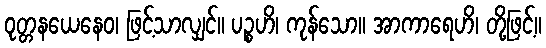
ဝုတ္တနယေနေဝ၊ ဖြင့်သာလျှင်။ ပဉ္စဟိ၊ ကုန်သော။ အာကာရေဟိ၊ တို့ဖြင့်။